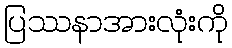
ပြဿနာအားလုံးကို